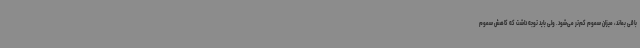
باقی بماند، میزان سموم کم‌تر می‌شود. ولی باید توجه داشت که کاهش سموم